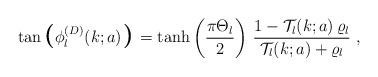
LaTeX: \begin{align*}\tan \mbox{\boldmath\Large $\left( \right.$ } \! \! \! \phi_{l}^{(D)} (k; a)\mbox{\boldmath\Large $\left. \right)$ } \! \!=\tanh \left( \frac{\pi \Theta_{l}}{2} \right)\,\frac{ 1 - {\mathcal T}_{l} (k;a) \, \varrho_{l} }{ {\mathcal T}_{l} (k;a) + \varrho_{l} }\; ,\end{align*}